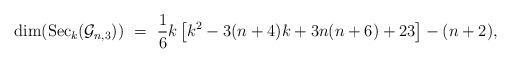
LaTeX: \begin{align*} \dim( {\rm Sec}_k(\mathcal{G}_{n,3}) ) \,\,=\,\, \frac{1}{6}k \left[ k^2 - 3(n+4)k + 3n(n+6) + 23 \right] - (n+2),\end{align*}